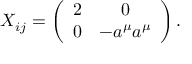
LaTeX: X _ { i j } = \left( \begin{array} { c c } { { 2 } } & { { 0 } } \\ { { 0 } } & { { - a ^ { \mu } a ^ { \mu } } } \end{array} \right) .